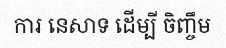
ការ នេសាទ ដើម្បី ចិញ្ចឹម